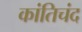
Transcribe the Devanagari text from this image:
कांतिचंद